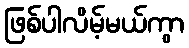
ဖြစ်ပါလိမ့်မယ်ကွာ